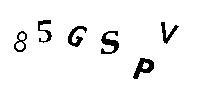
85GSPV